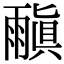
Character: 𩄠